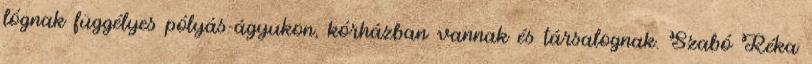
lógnak függélyes pólyás-ágyukon, kórházban vannak és társalognak. Szabó Réka